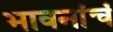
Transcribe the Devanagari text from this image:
भावनांचं